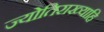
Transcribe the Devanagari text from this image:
ज्योतिराख्याहि